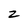
Character: 2